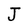
Character: J